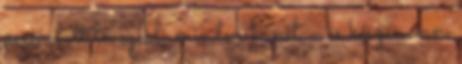
perc alatt levezekli minden bűnét – és készen van.